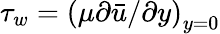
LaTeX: \tau_{w}=\left(\mu\partial\bar{u}/\partial y\right)_{y=0}